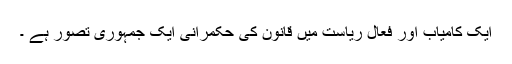
ایک کامیاب اور فعال ریاست میں قانون کی حکمرانی ایک جمہوری تصور ہے ۔